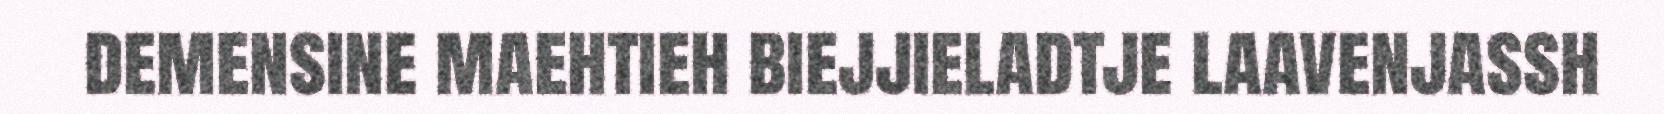
demensine maehtieh biejjieladtje laavenjassh